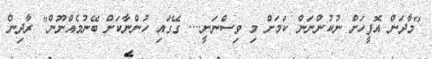
"މާދަން އޮފީހަށް ނުކުންނަން ކަމަށް މި ވިސްނަނީ.... ގޭގައި ހުންނާކަށް ބޭނުމެއްނޫން" ރާދިން